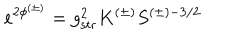
LaTeX: e ^ { 2 \phi ^ { ( \pm ) } } = g _ { \mathrm { s t r } } ^ { 2 } K ^ { ( \pm ) } S ^ { ( \pm ) - 3 / 2 }